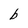
Character: b